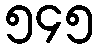
၅၄၅